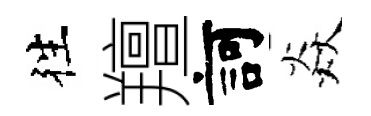
徃羶訶焱